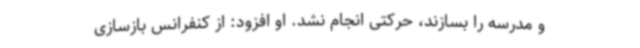
و مدرسه را بسازند، حرکتی انجام نشد. او افزود: از کنفرانس بازسازی